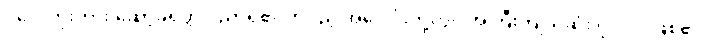
ပလေတိုးကား ဆော့ခရတ္တိ ပညာရှိ၏ တပည့် အပေါင်းတို့တွင် အကြီးကျယ်ဆုံး ပုဂ္ဂိုလ် ဖြစ်၏။